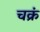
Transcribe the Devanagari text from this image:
चक्रं